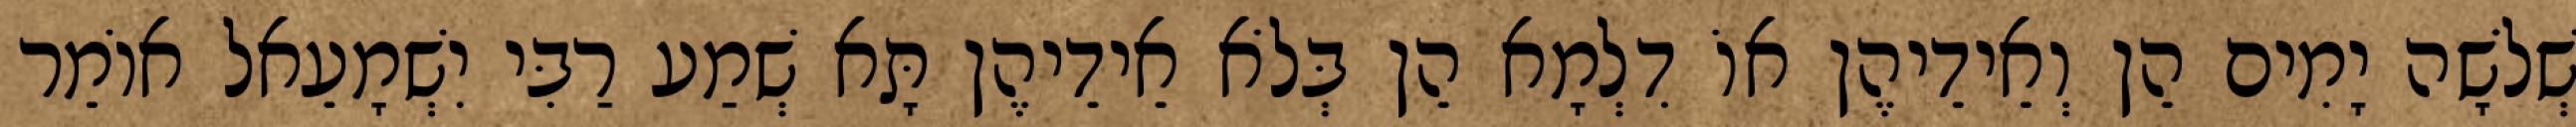
שְׁלֹשָׁה יָמִים הֵן וְאֵידֵיהֶן אוֹ דִלְמָא הֵן בְּלֹא אֵידֵיהֶן תָּא שְׁמַע רַבִּי יִשְׁמָעֵאל אוֹמֵר